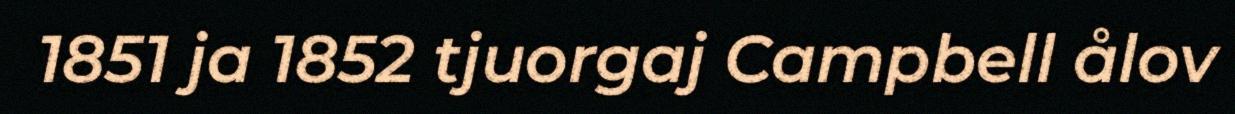
1851 ja 1852 tjuorgaj Campbell ålov